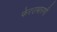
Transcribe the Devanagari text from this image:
फेरउभारणी